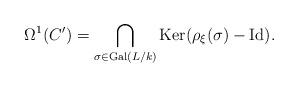
LaTeX: \begin{align*}\Omega^{1}(C')=\bigcap_{\sigma\in\operatorname{Gal}(L/k)}\operatorname{Ker}(\rho_{\xi}(\sigma)-\operatorname{Id}).\end{align*}